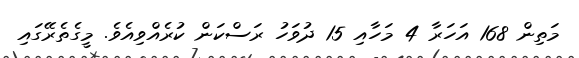
މަތިން 168 އަހަރާ 4 މަހާއި 15 ދުވަހު ރަސްކަން ކުރެއްވިއެވެ. މީގެތެރޭގައި